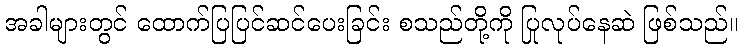
အခါများတွင် ထောက်ပြပြင်ဆင်ပေးခြင်း စသည်တို့ကို ပြုလုပ်နေဆဲ ဖြစ်သည်။